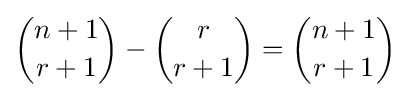
{\binom {n+1}{r+1}}-{\binom {r}{r+1}}={\binom {n+1}{r+1}}